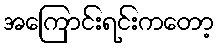
အကြောင်းရင်းကတော့